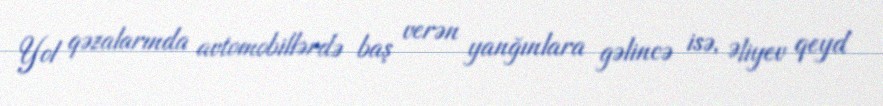
Yol qəzalarında avtomobillərdə baş verən yanğınlara gəlincə isə, Əliyev qeyd